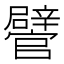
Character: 𨐽